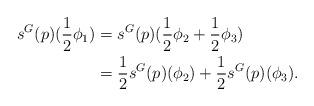
LaTeX: \begin{align*}s^G(p)(\frac{1}{2}\phi_1)&=s^G(p)(\frac{1}{2}\phi_2+\frac{1}{2}\phi_3)\\&=\frac{1}{2}s^G(p)(\phi_2)+\frac{1}{2}s^G(p)(\phi_3).\\\end{align*}